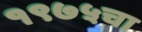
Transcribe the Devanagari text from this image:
१९७५चा